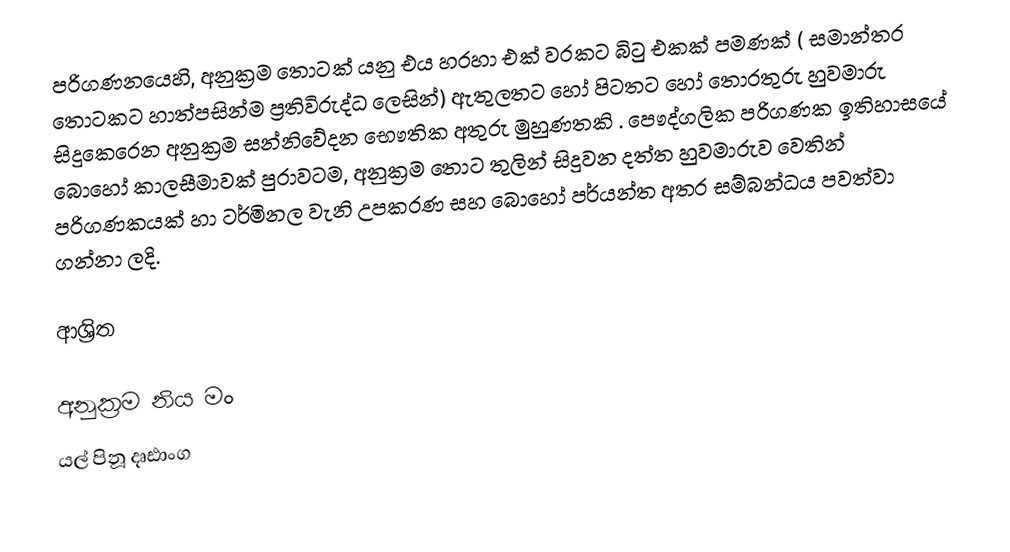
පරිගණනයෙහි, අනුක්‍රම තොටක් යනු  එය හරහා එක් වරකට බිටු එකක් පමණක් ( සමාන්තර තොටකට හාත්පසින්ම ප්‍රතිවිරුද්ධ ලෙසින්) ඇතුලතට හෝ පිටතට හෝ තොරතුරු හුවමාරු සිදුකෙරෙන  අනුක්‍රම සන්නිවේදන භෞතික අතුරු මුහුණතකි . පෞද්ගලික පරිගණක ඉතිහාසයේ බොහෝ කාලසීමාවක් පුරාවටම, අනුක්‍රම තොට තුලින් සිදුවන දත්ත හුවමාරුව වෙතින් පරිගණකයක් හා ටර්මිනල වැනි උපකරණ සහ බොහෝ පර්යන්ත අතර සම්බන්ධය පවත්වා ගන්නා ලදි.

ආශ්‍රිත

අනුක්‍රම නිය මං
යල් පිනූ දෘඪාංග